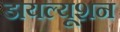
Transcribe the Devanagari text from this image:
डायल्यूशन